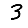
Digit: 3